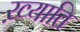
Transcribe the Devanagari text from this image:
ख़्याति